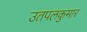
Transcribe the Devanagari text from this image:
उतपलकुमार